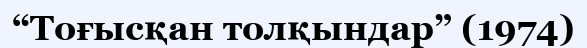
“Тоғысқан толқындар” (1974)